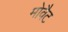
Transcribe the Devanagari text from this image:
मोवैट